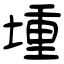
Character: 堹